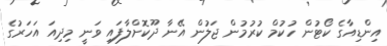
އިންޑިއާގެ ކޯޓުން ހުކުމް ކުރުމުން ޖަލުން އޭނާ ދޫކޮށްލާފައި ވަނީ މިދިއަ އަހަރުގެ